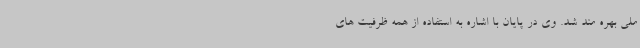
ملی بهره مند شد. وی در پایان با اشاره به استفاده از همه ظرفیت های